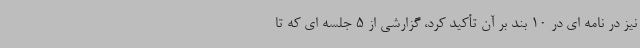
نیز در نامه ای در 10 بند بر آن تأکید کرد، گزارشی از 5 جلسه ای که تا